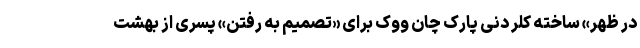
در ظهر» ساخته کلر دنی پارک چان ووک برای «تصمیم به رفتن» پسری از بهشت